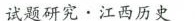
试题研究·江西历史